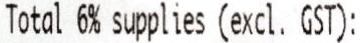
TOTAL 6% SUPPLIES (EXCL. GST):